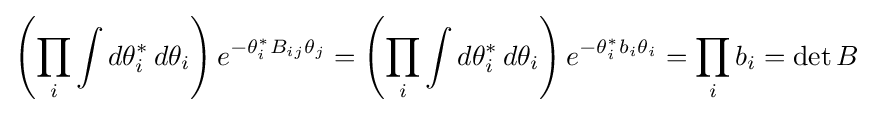
\left(\prod _{i}\int d\theta _{i}^{*}\,d\theta _{i}\right)e^{-\theta _{i}^{*}B_{ij}\theta _{j}}=\left(\prod _{i}\int d\theta _{i}^{*}\,d\theta _{i}\right)e^{-\theta _{i}^{*}b_{i}\theta _{i}}=\prod _{i}b_{i}=\det B